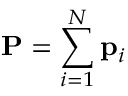
\ensuremath { \mathbf { P } } = \sum _ { i = 1 } ^ { N } \ensuremath { \mathbf { p } } _ { i }